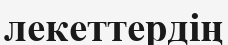
лекеттердің